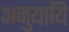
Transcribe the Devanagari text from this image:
अनुयायि